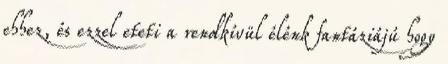
ehhez, és ezzel eteti a rendkívül élénk fantáziájú hogy